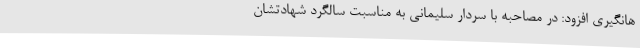
هانگیری افزود: در مصاحبه با سردار سلیمانی به مناسبت سالگرد شهادتشان